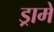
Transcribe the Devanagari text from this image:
ड्रामें